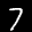
Label: 7